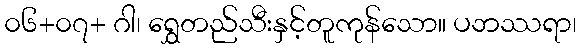
၀၆+၀၇+ ဂါ၊ ရွှေတည်သီးနှင့်တူကုန်သော။ ပဘဿရာ၊